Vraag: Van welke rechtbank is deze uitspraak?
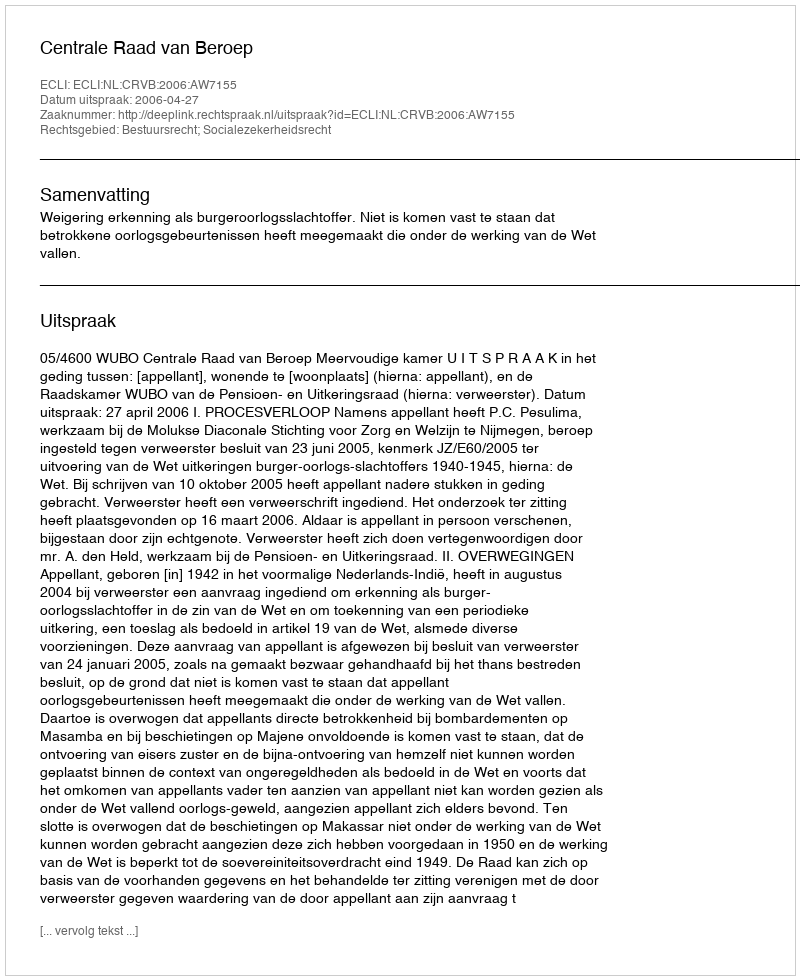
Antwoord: Centrale Raad van Beroep